Vaccination in the Punjab 1883-1896 - 1883-1896
Year: 1883
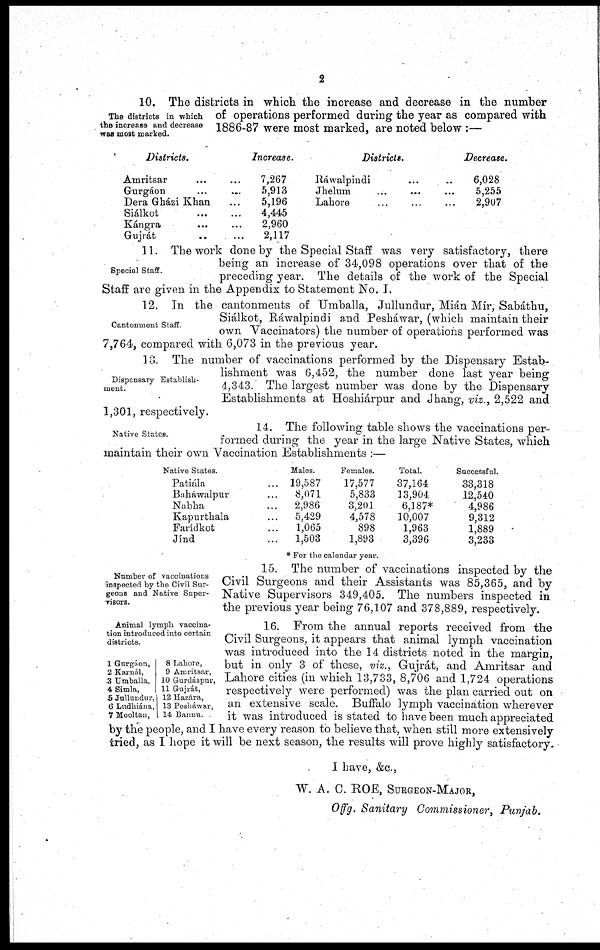
2
The districts in which
the increase and decrease
was most marked.
10. The districts in which the increase and decrease in the number
of operations performed during the year as compared with
1886-87 were most marked, are noted below :—
Districts.
Amritsar ... ...
Gurgáon ... ...
Dera Gházi Khan
Siálkot ... ...
Kángra ... ...
Gujrát ... ...
Increase.
7,267
5,913
5,196
4,445
2,960
2,117
Districts.
Ráwalpindi ... ...
Jhelum ... ... ...
Lahore ... ... ...
Decrease.
6,028
5,255
2,907
Special Staff.
11. The work done by the Special Staff was very satisfactory, there
being an increase of 34,098 operations over that of the
preceding year. The details of the work of the Special
Staff are given in the Appendix to Statement No. I.
Cantonment Staff.
12. In the cantonments of Umballa, Jullundur, Mián Mir, Sabáthu,
Siálkot, Ráwalpindi and Pesháwar, (which maintain their
own Vaccinators) the number of operations performed was
7,764, compared with 6,073 in the previous year.
Dispensary Establish-
ment.
13. The number of vaccinations performed by the Dispensary Estab-
lishment was 6,452, the number done last year being
4,343. The largest number was done by the Dispensary
Establishments at Hoshiárpur and Jhang, viz., 2,522 and
1,301, respectively.
Native States.
14. The following table shows the vaccinations per-
formed during the year in the large Native States, which
maintain their own Vaccination Establishments :—
Native States.
Patiála ...
Baháwalpur ...
Nabha ...
Kapurthala ...
Farídkot ...
Jínd ...
Males.
19,587
8,071
2,986
5,429
1,065
1,503
Females.
17,577
5,833
3,201
4,578
898
1,893
Total.
37,164
13,904
6,187*
10,007
1,963
3,396
Successful.
33,318
12,540
4,986
9,312
1,889
3,233
* For the calendar year.
Number of vaccinations
inspected by the Civil Sur-
geons and Native Super-
visors.
15. The number of vaccinations inspected by the
Civil Surgeons and their Assistants was 85,365, and by
Native Supervisors 349,405. The numbers inspected in
the previous year being 76,107 and 378,889, respectively.
Animal lymph vaccina-
tion introduced into certain
districts.
1 Gurgáon,
2 Karnál,
3 Umballa,
4 Simla,
5 Jullundur,
6 Ludhiána,
7 Mooltan,
8 Lahore,
9 Amritsar,
10 Gurdáspur,
11 Gujrát,
12 Hazára,
13 Pesháwar,
14 Bannu. .
16. From the annual reports received from the
Civil Surgeons, it appears that animal lymph vaccination
was introduced into the 14 districts noted in the margin,
but in only 3 of these, viz., Gujrát, and Amritsar and
Lahore cities (in which 13,733, 8,706 and 1,724 operations
respectively were performed) was the plan carried out on
an extensive scale. Buffalo lymph vaccination wherever
it was introduced is stated to have been much appreciated
by the people, and I have every reason to believe that, when still more extensively
tried, as I hope it will be next season, the results will prove highly satisfactory,
I have, &c.,
W. A. C. ROE, SURGEON-MAJOR,
Offg. Sanitary Commissioner, Punjab.